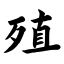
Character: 殖